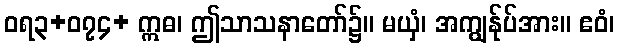
ဝရ၃+၀၇၄+ ဣဓ၊ ဤသာသနာတော်၌။ မယှံ၊ အကျွန်ုပ်အား။ ဧဝံ၊